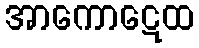
အာကောဋေထ